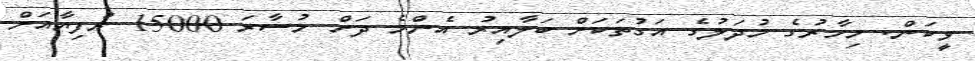
ވީކަން. މިހާރުގެ މުދަލުގެ އަގުތަކަށް ބަލާއިރު އެންމެ ދަށް މުސާރަ 15000 ރުފިޔާއަށް